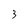
Character: 3